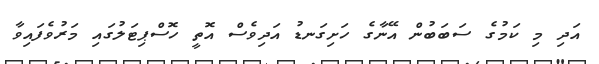
އަދި މި ކަމުގެ ސަބަބުން އޭނާގެ ހަށިގަނޑު އަދިވެސް އޮތީ ހޮސްޕިޓަލުގައި މަރުވެފައިވާ